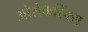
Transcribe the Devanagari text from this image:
ओरोफैरिंक्स